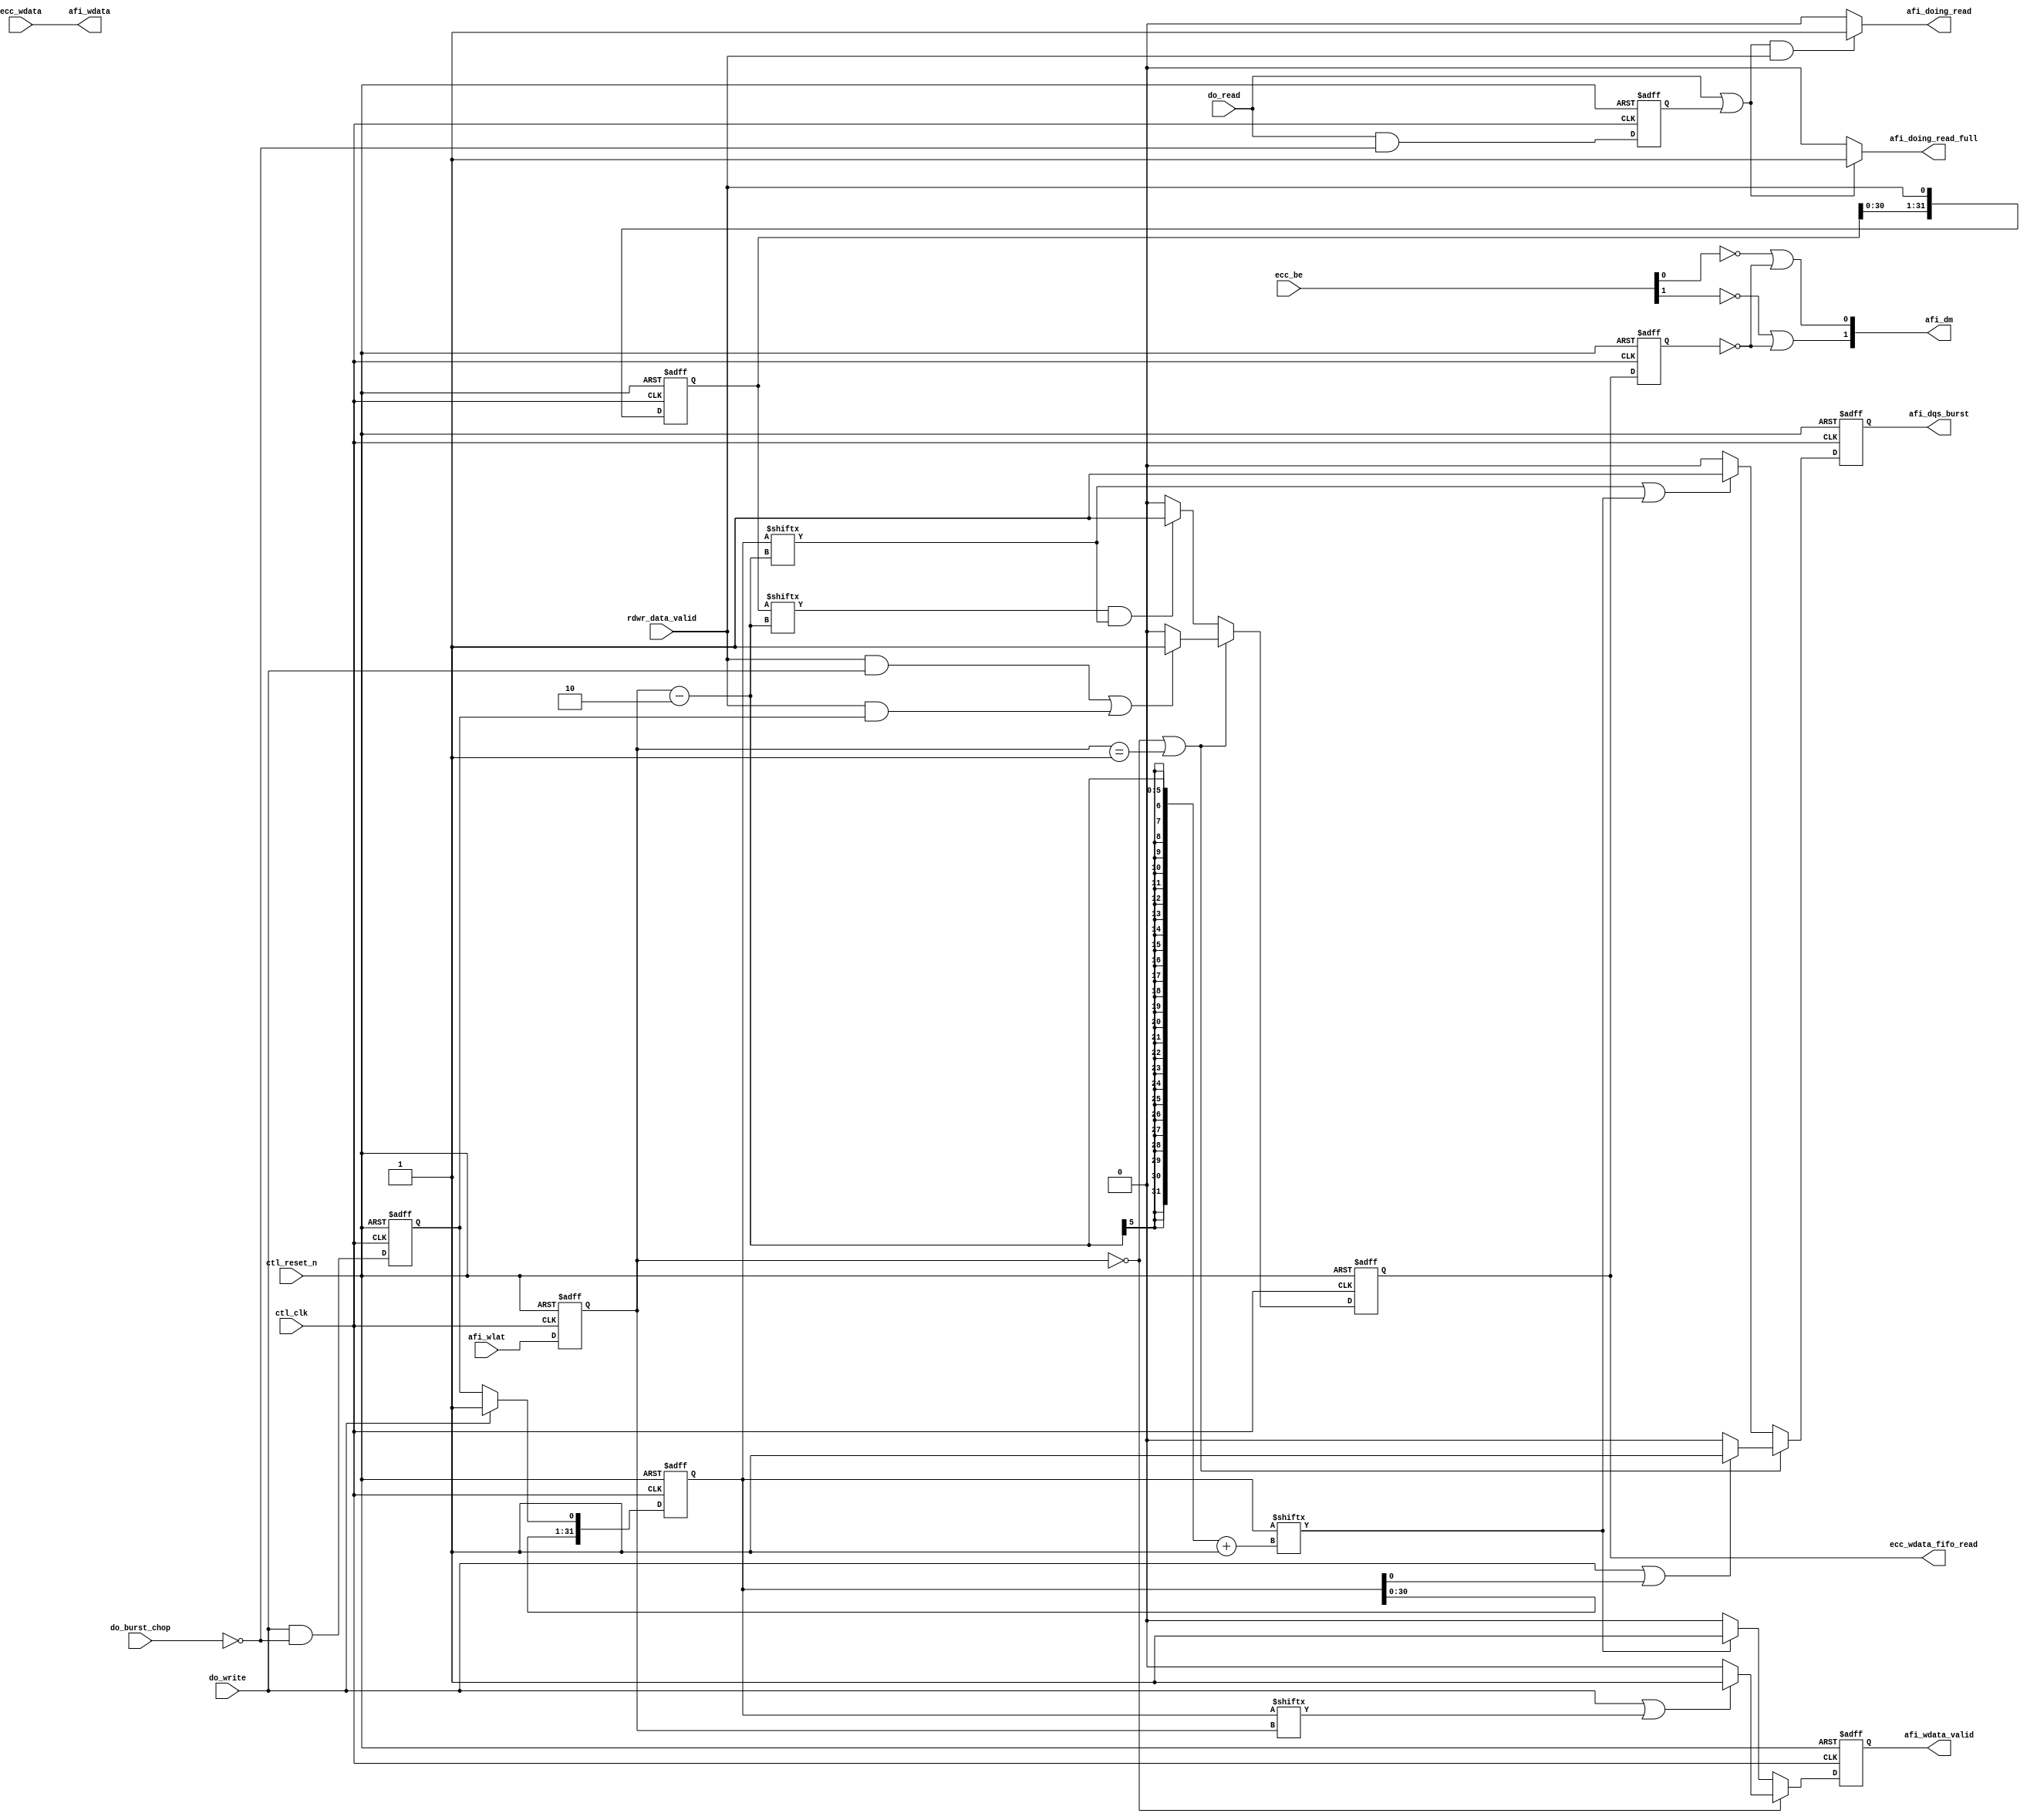
// (C) 2001-2011 Altera Corporation. All rights reserved.
// Your use of Altera Corporation's design tools, logic functions and other 
// software and tools, and its AMPP partner logic functions, and any output 
// files any of the foregoing (including device programming or simulation 
// files), and any associated documentation or information are expressly subject 
// to the terms and conditions of the Altera Program License Subscription 
// Agreement, Altera MegaCore Function License Agreement, or other applicable 
// license agreement, including, without limitation, that your use is for the 
// sole purpose of programming logic devices manufactured by Altera and sold by 
// Altera or its authorized distributors.  Please refer to the applicable 
// agreement for further details.




`timescale 1 ps / 1 ps
// altera message_off 10036
module ddr2_v10_1_0002_alt_ddrx_afi_block
    # (parameter
    
        DWIDTH_RATIO        =   2,
        MEM_IF_DQ_WIDTH     =   8,
        MEM_IF_DQS_WIDTH    =   1,
        MEM_IF_DM_WIDTH     =   1,
        CTL_ECC_ENABLED     =   0,
        CTL_OUTPUT_REGD     =   0,
        STATEMACHINE_TYPE   =   "TWO_CK",
        WLAT_BUS_WIDTH      =   5
    
    )
    (
    
        ctl_clk,
        ctl_reset_n,
        afi_wlat,
        
        do_write,
        do_read,
        do_burst_chop,
        rdwr_data_valid,
        
        ecc_wdata,
        ecc_be,
        
        ecc_wdata_fifo_read,
        afi_dqs_burst,
        afi_wdata_valid,
        afi_wdata,
        afi_dm,
        afi_doing_read,
        afi_doing_read_full
    );
    
    input                           ctl_clk;
    input                           ctl_reset_n;
    input   [WLAT_BUS_WIDTH-1:0]    afi_wlat;
    
    localparam  WLAT_PIPE_LENGTH    =   2**WLAT_BUS_WIDTH;
    localparam  WLAT_SUBTRACT       =   (CTL_OUTPUT_REGD == 0) ? 2 : 1;
    
    input   do_write;
    input   do_read;
    input   do_burst_chop;
    input   rdwr_data_valid;
    
    input   [MEM_IF_DQ_WIDTH*DWIDTH_RATIO-1:0]      ecc_wdata;
    input   [(MEM_IF_DQ_WIDTH*DWIDTH_RATIO)/8-1:0]  ecc_be;
    
    output  ecc_wdata_fifo_read;
    output  [MEM_IF_DQS_WIDTH*DWIDTH_RATIO/2-1:0]   afi_dqs_burst;
    output  [MEM_IF_DQS_WIDTH*DWIDTH_RATIO/2-1:0]   afi_wdata_valid;
    output  [MEM_IF_DQ_WIDTH*DWIDTH_RATIO-1:0]      afi_wdata;
    output  [MEM_IF_DM_WIDTH*DWIDTH_RATIO-1:0]      afi_dm;
    output  [MEM_IF_DQS_WIDTH*DWIDTH_RATIO/2-1:0]   afi_doing_read;
    output  [MEM_IF_DQS_WIDTH*DWIDTH_RATIO/2-1:0]   afi_doing_read_full;
    
    reg     [WLAT_BUS_WIDTH-1:0]    afi_wlat_r;
    
    wire    do_write;
    wire    do_read;
    wire    rdwr_data_valid;
    
    reg     ecc_wdata_fifo_read;
    wire    [MEM_IF_DQS_WIDTH*(DWIDTH_RATIO/2)-1:0] afi_dqs_burst;
    wire    [MEM_IF_DQS_WIDTH*(DWIDTH_RATIO/2)-1:0] afi_wdata_valid;
    wire    [MEM_IF_DQ_WIDTH*DWIDTH_RATIO-1:0]      afi_wdata;
    wire    [MEM_IF_DM_WIDTH*DWIDTH_RATIO-1:0]      afi_dm;
    wire    [MEM_IF_DQS_WIDTH*(DWIDTH_RATIO/2)-1:0] afi_doing_read;
    wire    [MEM_IF_DQS_WIDTH*(DWIDTH_RATIO/2)-1:0] afi_doing_read_full;
    
    reg     int_dqs_burst;
    reg     int_dqs_burst_hr;
    reg     int_wdata_valid;
    reg     int_real_wdata_valid;
    reg     int_real_wdata_valid_r;
    wire    real_wdata_valid;
    
    reg     [WLAT_PIPE_LENGTH-1:0]  rdwr_data_valid_pipe;
    reg                             doing_write;
    reg     [1:0]                   doing_write_count;
    reg     [WLAT_PIPE_LENGTH-1:0]  doing_write_pipe;
    reg                             doing_read;
    reg                             doing_read_combi;
    reg                             doing_read_combi_full;
    reg     [1:0]                   doing_read_count;
    reg                             doing_read_r;
    reg                             doing_read_r_full;
    
    generate
        genvar I;
        for (I = 0; I < MEM_IF_DQS_WIDTH*(DWIDTH_RATIO/2); I = I + 1)
            begin : B
                assign afi_wdata_valid[I]   =   int_wdata_valid;
                assign afi_doing_read[I]    =   (CTL_OUTPUT_REGD == 1) ? doing_read_r : doing_read_combi;
                assign afi_doing_read_full[I]    =   (CTL_OUTPUT_REGD == 1) ? doing_read_r_full : doing_read_combi_full;
            end
    endgenerate
    
    generate
        if (DWIDTH_RATIO == 2)
            begin
                genvar I;
                for (I = 0; I < MEM_IF_DQS_WIDTH; I = I + 1)
                    begin : C
                        assign afi_dqs_burst[I] = int_dqs_burst;
                    end
            end
        else
            begin
                genvar I;
                for (I = 0; I < MEM_IF_DQS_WIDTH; I = I + 1)
                    begin : D
                        assign afi_dqs_burst[I + MEM_IF_DQS_WIDTH]  = int_dqs_burst;
                        assign afi_dqs_burst[I]                     = int_dqs_burst_hr;
                    end
            end
    endgenerate
    
    generate
        if ((MEM_IF_DQ_WIDTH*DWIDTH_RATIO)/8 < MEM_IF_DM_WIDTH*DWIDTH_RATIO) 
            begin
                genvar J;
                for (J = 0; J < MEM_IF_DM_WIDTH*DWIDTH_RATIO; J = J + 1)
                    begin : E
                        if (J % 2 == 0) 
                            assign afi_dm[J]    =   ~ecc_be[J/2] | ~real_wdata_valid;
                        else 
                            assign afi_dm[J]    =   ~ecc_be[(J-1)/2] | ~real_wdata_valid;
                    end
            end
        else
            begin
                genvar J;
                for (J = 0; J < MEM_IF_DM_WIDTH*DWIDTH_RATIO; J = J + 1)
                    begin : F
                        assign afi_dm[J]    =   ~ecc_be[J] | ~real_wdata_valid;
                    end
            end
    endgenerate
    
    assign  afi_wdata = ecc_wdata;
    
    assign real_wdata_valid =   (CTL_ECC_ENABLED == 0) ? int_real_wdata_valid : int_real_wdata_valid_r;
    
    always @(posedge ctl_clk, negedge ctl_reset_n)
        begin
            if (!ctl_reset_n)
                afi_wlat_r  <=  0;
            else
                afi_wlat_r  <=  afi_wlat;
        end
    
    generate
        if (STATEMACHINE_TYPE == "FOUR_CK")
            begin
                always @(posedge ctl_clk, negedge ctl_reset_n)
                    begin
                        if (!ctl_reset_n)
                            doing_read_count   <=  0;
                        else
                            if (do_read && !do_burst_chop)
                                doing_read_count   <=  1;
                            else if (doing_read_count == 2)
                                doing_read_count   <=  0;
                            else if (doing_read_count > 0)
                                doing_read_count   <=  doing_read_count + 1'b1;
                    end
                
                always @(posedge ctl_clk, negedge ctl_reset_n)
                    begin
                        if (!ctl_reset_n)
                            doing_read         <=  1'b0;
                        else
                            if (do_read)
                                doing_read         <=  1'b1;
                            else if (doing_read_count > 0)
                                doing_read         <=  1'b1;
                            else
                                doing_read         <=  1'b0;
                    end
            end
        else 
            begin
                always @(posedge ctl_clk, negedge ctl_reset_n)
                    begin
                        if (!ctl_reset_n)
                            doing_read    <= 1'b0;
                        else
                            doing_read    <= do_read & ~do_burst_chop;
                    end
            end
    endgenerate
    
    always @(*)
        begin
            if ((do_read || doing_read) && rdwr_data_valid)
                doing_read_combi        <=  1'b1;
            else
                doing_read_combi        <=  1'b0;
        end
    
    always @(*)
        begin
            if (do_read || doing_read)
                doing_read_combi_full   <=  1'b1;
            else
                doing_read_combi_full   <=  1'b0;
        end
    
    always @(posedge ctl_clk, negedge ctl_reset_n)
        begin
            if (!ctl_reset_n)
                begin
                    doing_read_r    <=  1'b0;
                    doing_read_r_full   <=  1'b0;
                end
            else
                begin
                    doing_read_r    <=  doing_read_combi;
                    doing_read_r_full   <=  doing_read_combi_full;
                end
        end
    
    generate
        if (STATEMACHINE_TYPE == "FOUR_CK")
            begin
                always @(posedge ctl_clk, negedge ctl_reset_n)
                    begin
                        if (!ctl_reset_n)
                            doing_write_count   <=  0;
                        else
                            if (do_write && !do_burst_chop)
                                doing_write_count   <=  1;
                            else if (doing_write_count == 2)
                                doing_write_count   <=  0;
                            else if (doing_write_count > 0)
                                doing_write_count   <=  doing_write_count + 1'b1;
                    end
                
                always @(posedge ctl_clk, negedge ctl_reset_n)
                    begin
                        if (!ctl_reset_n)
                            doing_write         <=  1'b0;
                        else
                            if (do_write)
                                doing_write         <=  1'b1;
                            else if (doing_write_count > 0)
                                doing_write         <=  1'b1;
                            else
                                doing_write         <=  1'b0;
                    end
            end
        else 
            begin
                always @(posedge ctl_clk, negedge ctl_reset_n)
                    begin
                        if (!ctl_reset_n)
                            doing_write    <= 1'b0;
                        else
                            doing_write    <= do_write & ~do_burst_chop;
                    end
            end
    endgenerate
    
    always @(posedge ctl_clk, negedge ctl_reset_n)
        begin
            if (!ctl_reset_n)
                doing_write_pipe    <=  0;
            else
                if (do_write)
                    doing_write_pipe    <=  {doing_write_pipe[WLAT_PIPE_LENGTH-2:0],do_write};
                else
                    doing_write_pipe    <=  {doing_write_pipe[WLAT_PIPE_LENGTH-2:0],doing_write};
        end
    
    always @(posedge ctl_clk, negedge ctl_reset_n)
        begin
            if (!ctl_reset_n)
                rdwr_data_valid_pipe    <=  0;
            else
                rdwr_data_valid_pipe    <=  {rdwr_data_valid_pipe[WLAT_PIPE_LENGTH-2:0],rdwr_data_valid};
        end
    
    generate
        if (CTL_ECC_ENABLED == 0)
            begin
                always @(posedge ctl_clk, negedge ctl_reset_n)
                    begin
                        if (!ctl_reset_n)
                            ecc_wdata_fifo_read <=  1'b0;
                        else
                            if ((CTL_OUTPUT_REGD == 1 && afi_wlat_r == 0) || (CTL_OUTPUT_REGD == 0 && (afi_wlat_r == 0 || afi_wlat_r == 1)))
                                if ((rdwr_data_valid && do_write) || (rdwr_data_valid && doing_write))
                                    ecc_wdata_fifo_read <=  1'b1;
                                else
                                    ecc_wdata_fifo_read <=  1'b0;
                            else
                                if (rdwr_data_valid_pipe[afi_wlat_r-WLAT_SUBTRACT] && doing_write_pipe[afi_wlat_r-WLAT_SUBTRACT])
                                    ecc_wdata_fifo_read <=  1'b1;
                                else
                                    ecc_wdata_fifo_read <=  1'b0;
                    end
            end
        else 
            begin
                always @(posedge ctl_clk, negedge ctl_reset_n)
                    begin
                        if (!ctl_reset_n)
                            ecc_wdata_fifo_read <=  1'b0;
                        else
                            if ((CTL_OUTPUT_REGD == 1 && (afi_wlat_r == 0 || afi_wlat_r == 1)) || (CTL_OUTPUT_REGD == 0 && (afi_wlat_r == 0 || afi_wlat_r == 1 || afi_wlat_r == 2)))
                                begin
                                    if ((rdwr_data_valid && do_write) || (rdwr_data_valid && doing_write))
                                        ecc_wdata_fifo_read <=  1'b1;
                                    else
                                        ecc_wdata_fifo_read <=  1'b0;
                                end
                            else
                                if (rdwr_data_valid_pipe[afi_wlat_r-WLAT_SUBTRACT-1] && doing_write_pipe[afi_wlat_r-WLAT_SUBTRACT-1])
                                    ecc_wdata_fifo_read <=  1'b1;
                                else
                                    ecc_wdata_fifo_read <=  1'b0;
                    end
            end
    endgenerate
    
    always @(posedge ctl_clk, negedge ctl_reset_n)
        begin
            if (!ctl_reset_n)
                int_real_wdata_valid <=  1'b0;
            else
                int_real_wdata_valid <=  ecc_wdata_fifo_read;
        end
    
    always @(posedge ctl_clk, negedge ctl_reset_n)
        begin
            if (!ctl_reset_n)
                int_real_wdata_valid_r   <=  1'b0;
            else
                int_real_wdata_valid_r   <=  int_real_wdata_valid;
        end
    
    always @(posedge ctl_clk, negedge ctl_reset_n)
        begin
            if (!ctl_reset_n)
                int_wdata_valid   <=  1'b0;
            else
                if (CTL_OUTPUT_REGD == 0 && afi_wlat_r == 0)
                    if (do_write || doing_write_pipe[afi_wlat_r])
                        int_wdata_valid <=  1'b1;
                    else
                        int_wdata_valid <=  1'b0;
                else
                    if (doing_write_pipe[afi_wlat_r-WLAT_SUBTRACT+1])
                        int_wdata_valid <=  1'b1;
                    else
                        int_wdata_valid <=  1'b0;
        end
    
    always @(posedge ctl_clk, negedge ctl_reset_n)
        begin
            if (!ctl_reset_n)
                int_dqs_burst   <=  1'b0;
            else
                if ((CTL_OUTPUT_REGD == 1 && afi_wlat_r == 0) || (CTL_OUTPUT_REGD == 0 && (afi_wlat_r == 0 || afi_wlat_r == 1)))
                    if (do_write || doing_write_pipe[0])
                        int_dqs_burst <=  1'b1;
                    else
                        int_dqs_burst <=  1'b0;
                else
                    if (doing_write_pipe[afi_wlat_r-WLAT_SUBTRACT] || doing_write_pipe[afi_wlat_r-WLAT_SUBTRACT+1])
                        int_dqs_burst <=  1'b1;
                    else
                        int_dqs_burst <=  1'b0;
        end
    
    always @(posedge ctl_clk, negedge ctl_reset_n)
        begin
            if (!ctl_reset_n)
                int_dqs_burst_hr   <=  1'b0;
            else
                if (doing_write_pipe[afi_wlat_r-WLAT_SUBTRACT+1])
                    int_dqs_burst_hr <=  1'b1;
                else
                    int_dqs_burst_hr <=  1'b0;
        end

endmodule